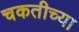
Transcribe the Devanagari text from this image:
चकतीच्या